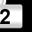
Digit: 2